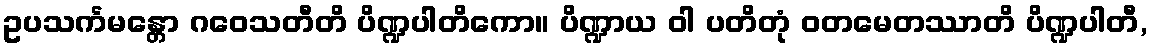
ဥပသင်္ကမန္တော ဂဝေသတီတိ ပိဏ္ဍပါတိကော။ ပိဏ္ဍာယ ဝါ ပတိတုံ ဝတမေတဿာတိ ပိဏ္ဍပါတီ,